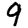
Digit: 9